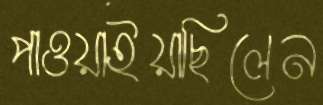
পাওয়াইয়াছিলেন